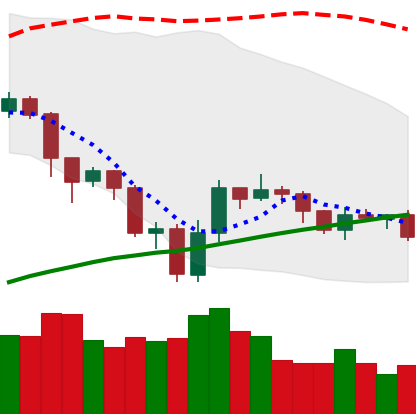
Ticker: LTC-USD
Chart end date: 2019-07-27
Forward return: 11.577%
Label: up_7plus